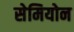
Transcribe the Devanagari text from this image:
सेमियोन